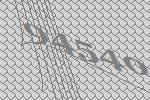
94540